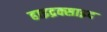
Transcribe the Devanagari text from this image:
हाइद्रक्साइद